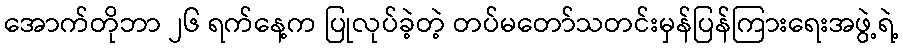
အောက်တိုဘာ ၂၆ ရက်နေ့က ပြုလုပ်ခဲ့တဲ့ တပ်မတော်သတင်းမှန်ပြန်ကြားရေးအဖွဲ့ရဲ့